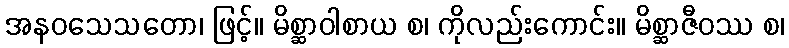
အနဝသေသတော၊ ဖြင့်။ မိစ္ဆာဝါစာယ စ၊ ကိုလည်းကောင်း။ မိစ္ဆာဇီဝဿ စ၊